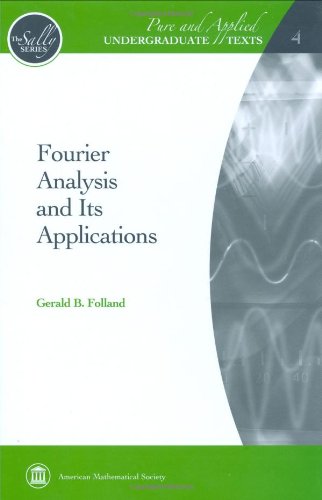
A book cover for Fourier Analysis and Its Applications (Pure and Applied Undergraduate Texts); Gerald B. Folland; Science & Math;